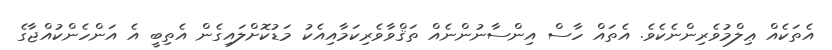
އެތަކެއް ޢިލްމުވެރިންނެކެވެ. އެތައް ހާސް އިންސާނުންނެއް ތަޤްވާވެރިކަމާއިއެކު މަޑުކޮށްލައިގެން އެތިބީ އެ އަންހެންކުއްޖާގެ